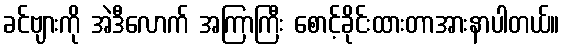
ခင်ဗျားကို အဲဒီလောက် အကြာကြီး စောင့်ခိုင်းထားတာအားနာပါတယ်။